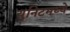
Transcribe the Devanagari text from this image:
युनिटमध्ये